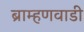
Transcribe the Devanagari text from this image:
ब्राम्हणवाडी